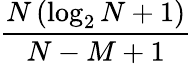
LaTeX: \frac{N\left(\log_{2}N+1\right)}{N-M+1}